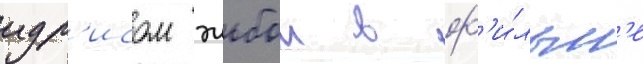
идр'исом эльбои в ф'и́льм'е